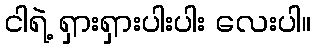
ငါရဲ့ ရှားရှားပါးပါး လေးပါ။